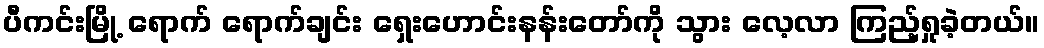
ပီကင်းမြို့ ရောက် ရောက်ချင်း ရှေးဟောင်းနန်းတော်ကို သွား လေ့လာ ကြည့်ရှုခဲ့တယ်။